画像に写った文字を読んでください
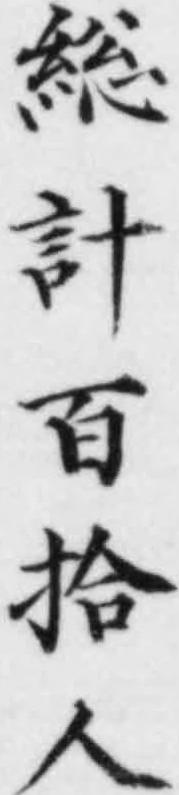
「総計百拾人」と書いてあります